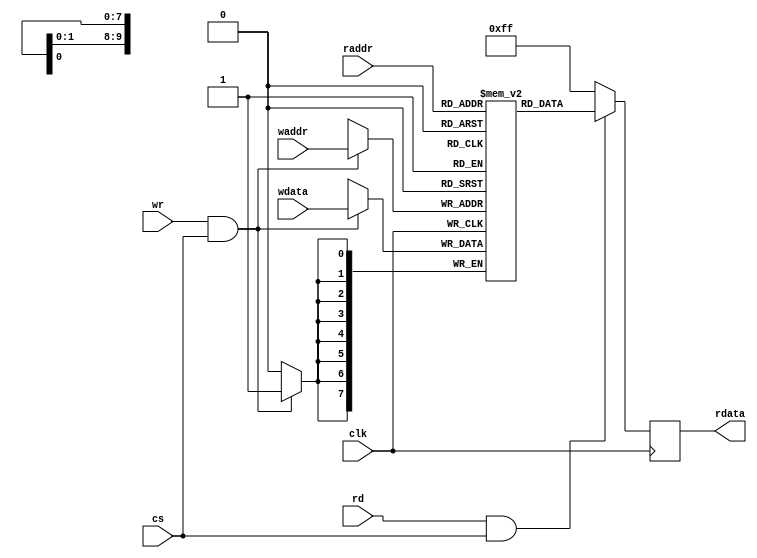
/**********************************************************************/
/*                                                                    */
/*                                                                    */
/*   Copyright (c) 2012 Ouabache Design Works                         */
/*                                                                    */
/*          All Rights Reserved Worldwide                             */
/*                                                                    */
/*   Licensed under the Apache License,Version2.0 (the'License');     */
/*   you may not use this file except in compliance with the License. */
/*   You may obtain a copy of the License at                          */
/*                                                                    */
/*       http://www.apache.org/licenses/LICENSE-2.0                   */
/*                                                                    */
/*   Unless required by applicable law or agreed to in                */
/*   writing, software distributed under the License is               */
/*   distributed on an 'AS IS' BASIS, WITHOUT WARRANTIES              */
/*   OR CONDITIONS OF ANY KIND, either express or implied.            */
/*   See the License for the specific language governing              */
/*   permissions and limitations under the License.                   */
/**********************************************************************/
 module 
  cde_sram_dp 
    #( parameter 
      ADDR=10,
      WIDTH=8,
      WORDS=1024,
      WRITETHRU=0,
      DEFAULT={WIDTH{1'b1}},
      INIT_FILE="NONE",
      INSTANCE_NAME="U1")
     (
 input   wire                          clk,
 input   wire                          cs,
 input   wire                          rd,
 input   wire                          wr,
 input   wire    [ ADDR-1 :  0]        raddr,
 input   wire    [ ADDR-1 :  0]        waddr,
 input   wire    [ WIDTH-1 :  0]       wdata,
 output   reg    [ WIDTH-1 :  0]       rdata);
// Memory Array
reg [WIDTH-1:0] mem[0:WORDS-1];
// If used as Rom then load a memory image at startup
initial 
  begin
   if( INIT_FILE  == "NONE")
     begin
     end
   else
        begin
 	$readmemh(INIT_FILE, mem);
	end
  end

// Write function   
always@(posedge clk)
        if( wr && cs ) mem[waddr[ADDR-1:0]] <= wdata[WIDTH-1:0];
generate
if( WRITETHRU) 
  begin
  // Read function gets new data if also a write cycle
  // latch the read addr for next cycle   
  reg   [ADDR-1:0]          l_raddr;  
  reg                       l_cycle;     

  always@(posedge clk)   
      begin
        l_raddr    <= raddr;   
        l_cycle    <=  rd &&  cs ;        
      end

  // Read into a wire and then pass to rdata because some synth tools can't handle a memory in a always block
  wire  [WIDTH-1:0] tmp_rdata;
  assign          tmp_rdata  =      (l_cycle )?mem[{l_raddr[ADDR-1:0]}]:DEFAULT;
  always@(*)          rdata  =      tmp_rdata;   
  end
else
  begin 
  // Read function gets old data if also a write cycle
  always@(posedge clk)
        if( rd && cs ) rdata             <= mem[{raddr[ADDR-1:0]}];
        else           rdata             <= DEFAULT;
  end		   
endgenerate
  endmodule